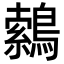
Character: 𮭈